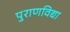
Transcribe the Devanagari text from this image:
पुराणविद्या